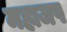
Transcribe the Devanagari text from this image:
महाजप